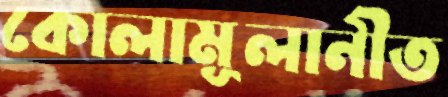
কোলামূলানীত